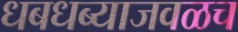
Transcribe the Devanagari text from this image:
धबधब्याजवळच